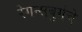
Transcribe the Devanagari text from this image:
रेगन्सबुर्गचे